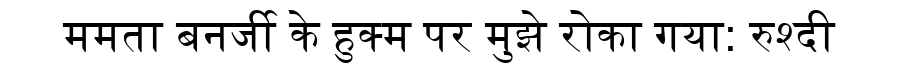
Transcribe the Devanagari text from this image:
ममता बनर्जी के हुक्म पर मुझे रोका गया: रुश्दी